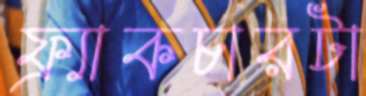
ফ্র্যাকচারটা